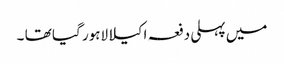
میں پہلی دفعہ اکیلا لاہور گیا تھا ۔